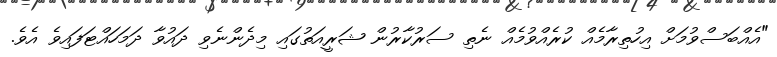
"އެއްބަސްވުމަށް އިހުތިރާމެއް ކުރެއްވުމެއް ނެތި ސަރުކާރުން ޝަރީއަތުގައި މިދެންނެވި ދައުވާ ދަމަހައްޓަފައިވެ އެވެ.